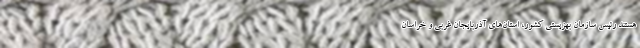
هستند رئیس سازمان بهزیستی کشور، استان‌های آذربایجان غربی و خراسان